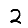
Digit: 2